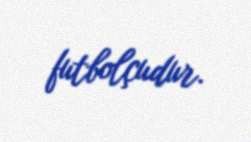
futbolçudur.